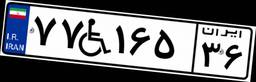
۷۷W۱۶۵۳۶